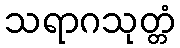
သရာဂသုတ္တံ